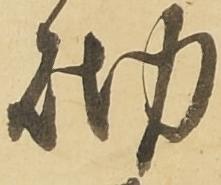
砌